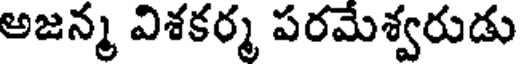
అజన్మ విశకర్మ పరమేశ్వరుడు